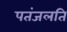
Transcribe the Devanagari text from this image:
पतंजलति